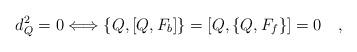
LaTeX: \begin{align*}d_Q^2=0 \Longleftrightarrow \{Q,[Q,F_b]\} = [Q,\{Q,F_f\}]=0 \quad ,\end{align*}